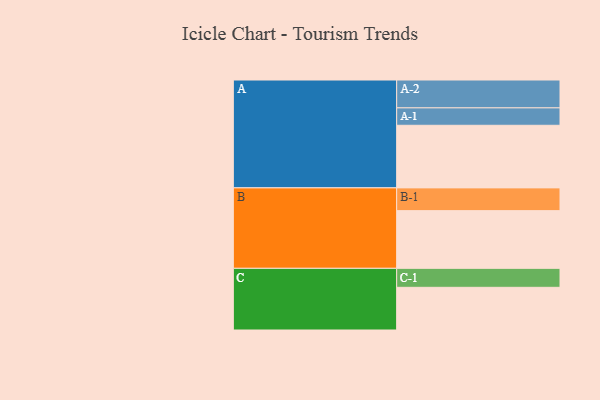
{"axis": {"x": "Segment", "y": "Value"}, "legend": ["", "A", "B", "C"], "data": [{"x": "A", "y": 600, "type": ""}, {"x": "B", "y": 553, "type": ""}, {"x": "C", "y": 409, "type": ""}, {"x": "A-1", "y": 167, "type": "A"}, {"x": "A-2", "y": 267, "type": "A"}, {"x": "B-1", "y": 218, "type": "B"}, {"x": "C-1", "y": 182, "type": "C"}]}